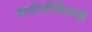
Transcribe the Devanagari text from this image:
आरोपींविरुद्ध